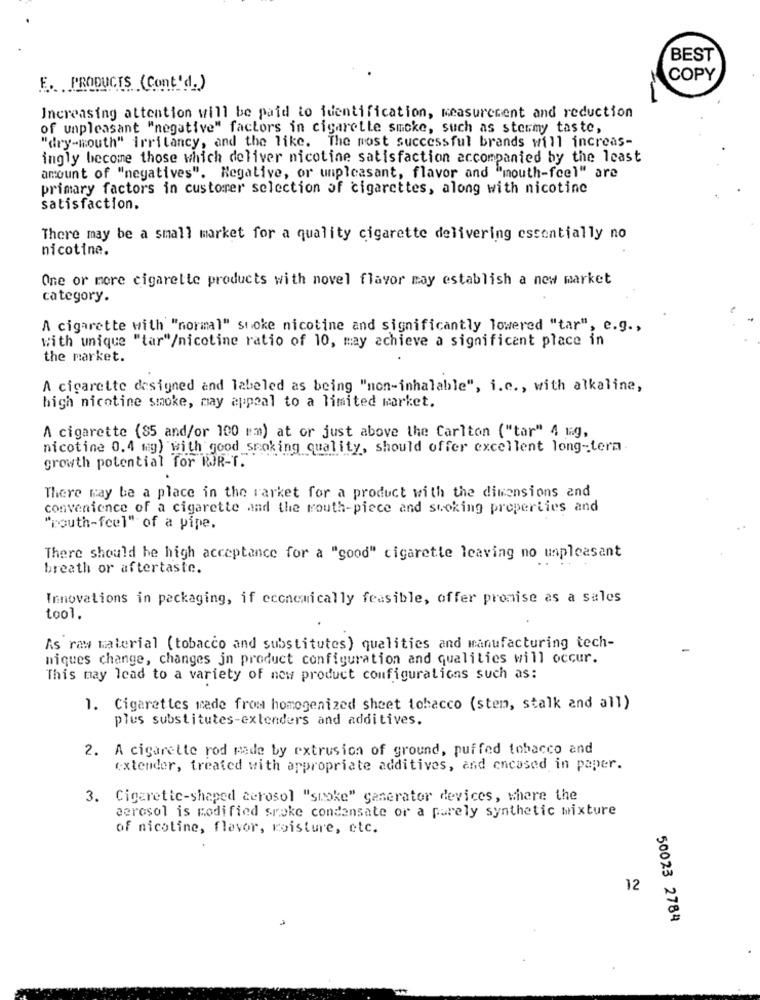
BEST
COPY
E. PRODUCTS (Cont'd.)
Increasing attention will be paid to identification, measurement and reduction
of unpleasant "negative" factors in cigarette smoke, such as stermy taste,
"dry-mouth" irritancy, and the like. The most successful brands will increas-
ingly become those which deliver nicotine satisfaction accompanied by the least
amount of "negatives". Negative, or unpleasant, flavor and "mouth-feel" are
primary factors in custorrer selection of cigarettes, along with nicotine
satisfaction.
There may be a small market for a quality cigarette delivering essentially no
nicotine.
One or more cigarette products with novel flavor may establish a new market
category.
A cigarette with "normal" shoke nicotine and significantly lowered "tar", e.g .,
With unique "tar"/nicotine ratio of 10, may achieve a significant place in
the market.
A cigarette designed and labeled as being "non-inhalable", i.e ., with alkaline,
high nicotine smoke, may appeal to a limited market.
A cigarette (85 and/or 100 mm) at or just above the Carlton ("tar" 4 mg,
nicotine 0.4 mg) with good smoking quality, should offer excellent long-term.
growth potential for ROR-T.
There may be a place in the rarket for a product with the dimensions and
convenience of a cigarette and the routh-piece and seeking properties and
"routh-fcel" of a pipe.
There should be high acceptance for a "good" cigarette leaving no unpleasant
breath or aftertaste.
Innovations in packaging, if economically feasible, offer promise as a sales
tool.
As raw material (tobacco and substitutes) qualities and manufacturing tech-
miques change, changes jn product configuration and qualities will occur.
This may lead to a variety of new product configurations such as:
1. Cigarettes made from homogenized sheet tobacco (stem, stalk and all)
plus substitutes-extenders and additives.
2. A cigarette rod made by extrusion of ground, puffed tobacco and
extender, treated with appropriate additives, and encased in paper.
3. Cigarette-shaped cerosol "smoke" generator devices, where the
aerosol is modified sroke condensate or a purely synthetic mixture
of nicoline, flavor, moisture, etc.
12
50023 2784